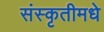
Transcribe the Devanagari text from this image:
संस्कृतीमधे